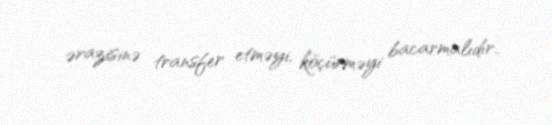
ərazisinə transfer etməyi, köçürməyi bacarmalıdır..